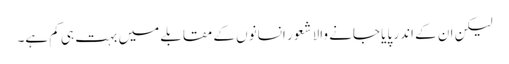
لیکن ان کے اندر پایا جانے والا شعور انسانوں کے مقابلے میں بہت ہی کم ہے۔